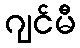
ဂျင်မီ